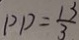
P D = \frac { 1 3 } { 3 }